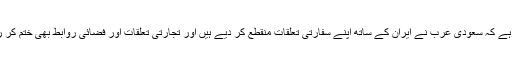
خیال رہے کہ سعودی عرب نے ایران کے ساتھ اپنے سفارتی تعلقات منقطع کر دیے ہیں اور تجارتی تعلقات اور فضائی روابط بھی ختم کر رہا ہے۔